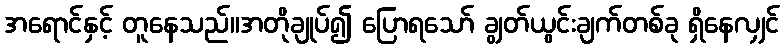
အရောင်နှင့် တူနေသည်။အတိုချုပ်၍ ပြောရသော် ချွတ်ယွင်းချက်တစ်ခု ရှိနေလျှင်